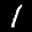
Digit: 1